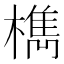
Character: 檇